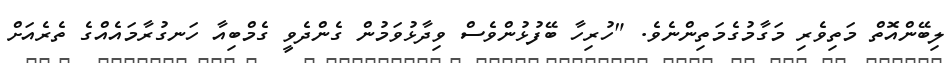
ލިބޭންއޮތް މަތިވެރި މަގާމުގެމަތިންނެވެ. "ހުރިހާ ބޭފުޅުންވެސް ވިދާޅުވަމުން ގެންދެވީ ގެމްބިއާ ހަނގުރާމައެއްގެ ތެރެއަށް